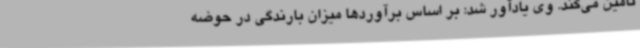
تامین می‌کند. وی یادآور شد: بر اساس برآوردها میزان بارندگی در حوضه